Plague in India, 1896, 1897 - Volume 1
Year: 1896
Disease focus: Plague
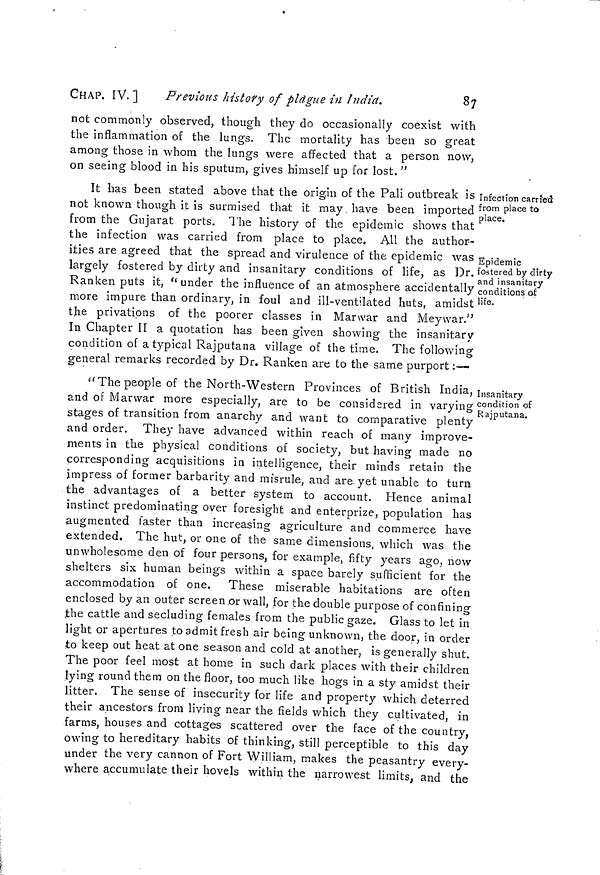
CHAP. IV. 1
Previous history of plague in India.
87
not commonly observed, though they do occasionally coexist with
the inflammation of the lungs. The mortality has been so great
among those in whom the lungs were affected that a person now,
on seeing blood in his sputum, gives himself up for lost. "
Infection carried
from place to
place.
Epidemic
fostered by dirty
and insanitary
conditions of
life.
It has been stated above that the origin of the Pali outbreak is
not known though it is surmised that it may, have been imported-
from the Gujarat ports. The history of the epidemic shows that
the infection was carried from place to place. All the author-
ities are agreed that the spread and virulence of the epidemic was
largely fostered by dirty and insanitary conditions of life, as Dr.
Ranken puts it, "under the influence of an atmosphere accidentally
more impure than ordinary, in foul and ill-ventilated huts, amidst
the privations of the poorer classes in Manvar and Meywar."
In Chapter II a quotation has been given showing the insanitary
condition of a typical Rajputana village of the time. The following
general remarks recorded by Dr. Ranken are to the same purport :—
Insanitary
condition of
Rajputana.
" The people of the North-Western Provinces of British India,
and of Marwar more especially, are to be considered in varying
stages of transition from anarchy and want to comparative plenty
and order. They have advanced within reach of many improve-
ments in the physical conditions of society, but having made no
corresponding acquisitions in intelligence, their minds retain the
impress of former barbarity and misrule, and are. yet unable to turn
the advantages of a better system to account. Hence animal
instinct predominating over foresight and enterprize, population has
augmented faster than increasing agriculture and commerce have
extended. The hut, or one of the same dimensions, which was the
unwholesome den of four persons, for example, fifty years ago, now
shelters six human beings within a space barely sufficient for the
accommodation of one. These miserable habitations are often
enclosed by an outer screen or wall, for the double purpose of confining
the cattle and secluding females from the public gaze. Glass to let in
light or apertures to admit fresh air being unknown, the door, in order
to keep out heat at one season and cold at another, is generally shut.
The poor feel most at home in such dark places with their children
lying round them on the floor, too much like hogs in a sty amidst their
Jitter. The sense of insecurity for life and property which deterred
their ancestors from living near the fields which they cultivated, in
farms, houses and cottages scattered over the face of the country,
owing to hereditary habits of thinking, still perceptible to this day
under the very cannon of Fort William, makes the peasantry every-
where accumulate their hovels within the narrowest limits, and the